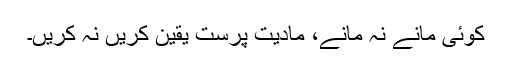
کوئی مانے نہ مانے، مادیت پرست یقین کریں نہ کریں۔